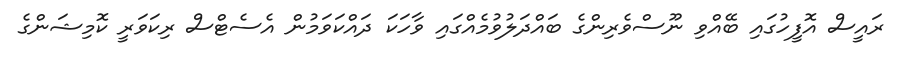
ރައީސް އޮފީހުގައި ބޭއްވި ނޫސްވެރިންގެ ބައްދަލުވުމެއްގައި ވާހަކަ ދައްކަވަމުން އެސެޓްސް ރިކަވަރީ ކޮމިޝަންގެ